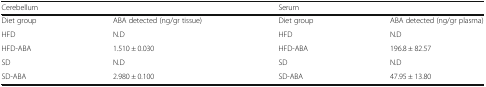
| <COLSPAN=2> Cerebellum | <COLSPAN=2> Serum |
 | --- | --- | --- | --- |
 | Diet group | ABA detected (ng/gr tissue) | Diet group | ABA detected (ng/gr plasma) |
 | HFD | N.D | HFD | N.D |
 | HFD-ABA | 1.510 ± 0.030 | HFD-ABA | 196.8 ± 82.57 |
 | SD | N.D | SD | N.D |
 | SD-ABA | 2.980 ± 0.100 | SD-ABA | 47.95 ± 13.80 |